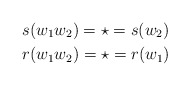
\begin{align*}&s(w_1w_2)= \star = s(w_2)\\&r(w_1w_2)= \star = r(w_1) \end{align*}